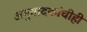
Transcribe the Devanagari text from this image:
अनुवादकांचीही